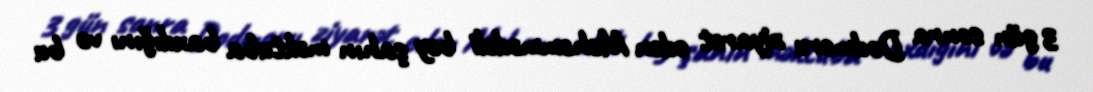
3 gün sonra Dodmoru ziyarət edən Məhəmmədəli bəy şahın məktuba baxdığını və bu